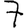
Digit: 7